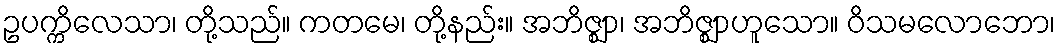
ဥပက္ကိလေသာ၊ တို့သည်။ ကတမေ၊ တို့နည်း။ အဘိဇ္ဈာ၊ အဘိဇ္ဈာဟူသော။ ဝိသမလောဘော၊